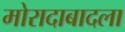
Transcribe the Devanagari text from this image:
मोरादाबादला